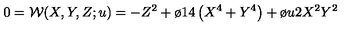
0 = { \cal W } ( X , Y , Z ; u ) = - Z ^ { 2 } + { \o { 1 } { 4 } } \left( X ^ { 4 } + Y ^ { 4 } \right) + { \o { u } { 2 } } X ^ { 2 } Y ^ { 2 }